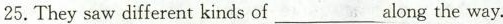
25. They saw different kinds of ___ along the way.